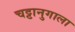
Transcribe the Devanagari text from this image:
चट्टानुगाला